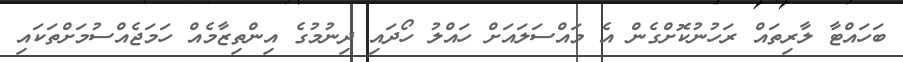
ބަހައްޓާ ލާރިތައް ރަހުނުކޮށްގެން އެ މައްސަލައަށް ހައްލު ހޯދައި ދިނުމުގެ އިންތިޒާމެއް ހަމަޖެއްސުމަށްތަކައި